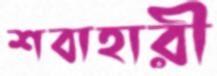
শবাহারী